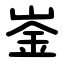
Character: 崟